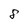
Character: 8